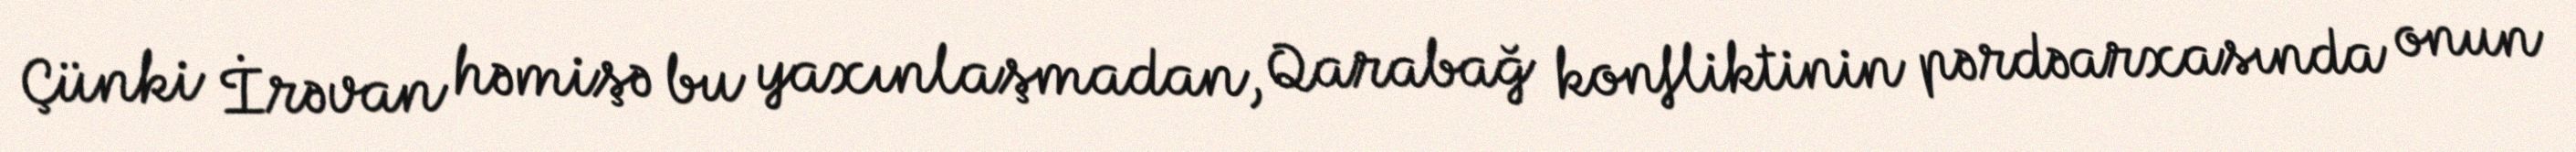
Çünki İrəvan həmişə bu yaxınlaşmadan, Qarabağ konfliktinin pərdəarxasında onun